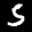
Label: 5